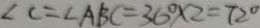
\angle C = \angle A B C = 3 6 ^ { \circ } \times 2 = 7 2 ^ { \circ }